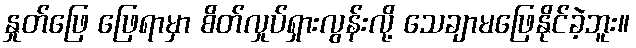
နှုတ်ဖြေ ဖြေရာမှာ စိတ်လှုပ်ရှားလွန်းလို့ သေချာမဖြေနိုင်ခဲ့ဘူး။